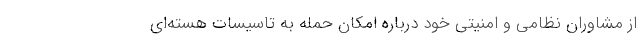
از مشاوران نظامی و امنیتی خود درباره امکان‌ حمله به تاسیسات هسته‌ای